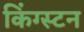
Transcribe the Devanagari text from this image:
किंग्‍स्‍टन